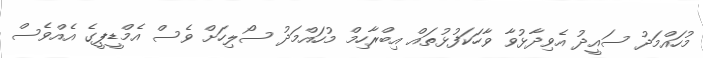
މުހައްމަދު ސައީދު އެވިދާޅުވާ ވާހަކަފުޅުތައް އިބްރާހިމް މުހައްމަދު ސޯލިހަށް ވެސް އެމްޑީޕީގެ އެއްވެސް